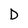
Character: D